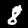
Digit: 8